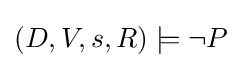
(D,V,s,R)\models \neg P